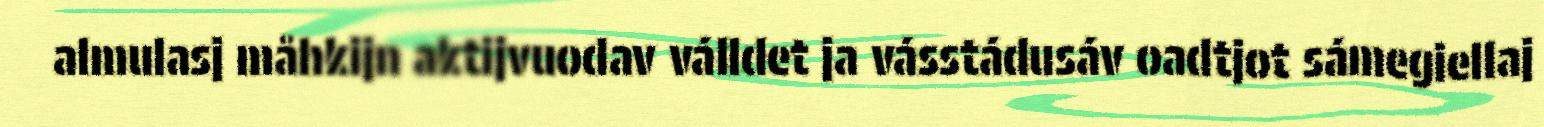
almulasj måhkijn aktijvuodav válldet ja vásstádusáv oadtjot sámegiellaj